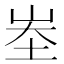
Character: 峚